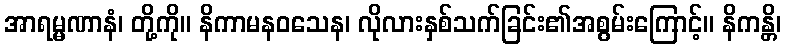
အာရမ္မဏာနံ၊ တို့ကို။ နိကာမနဝသေန၊ လိုလားနှစ်သက်ခြင်း၏အစွမ်းကြောင့်။ နိကန္တိ၊